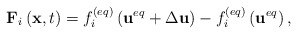
\begin{align*}{{\bf{F}}_i}\left( {{\bf{x}},t} \right) = f_i^{\left( {eq} \right)}\left( {{{\bf{u}}^{eq}} + \Delta {\bf{u}}} \right) - f_i^{\left( {eq} \right)}\left( {{{\bf{u}}^{eq}}} \right),\end{align*}